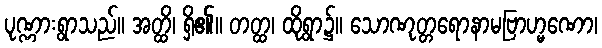
ပုဏ္ဏားရွာသည်။ အတ္ထိ၊ ရှိ၏။ တတ္ထ၊ ထိုရွာ၌။ သောဏုတ္တရောနာမဗြာဟ္မဏော၊